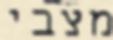
מצבי